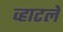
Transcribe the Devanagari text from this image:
व्हाटले